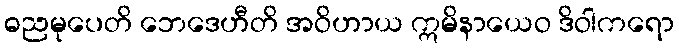
ဓညမုပေတိ ဘေဒေဟီတိ အဝိဟာယ ဣမိနာယေဝ ဒိဝါကရော